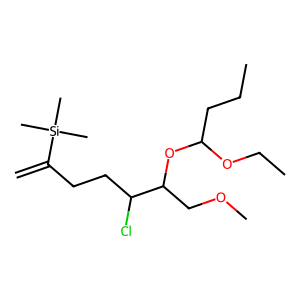
SMILES: C=C(CCC(Cl)C(COC)OC(CCC)OCC)[Si](C)(C)C
Inhibits HIV replication: No